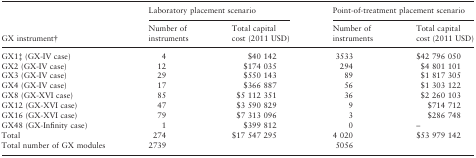
| <ROWSPAN=3> GX instrument† | <COLSPAN=2> Laboratory placement scenario | <COLSPAN=2> Point-of-treatment placement scenario |
 | Number of instruments | Total capital cost (2011 USD) | Number of instruments | Total capital cost (2011 USD) |
 | --- | --- | --- | --- | --- |
 | GX1‡ (GX-IV case) | 4 | $40 142 | 3533 | $42 796 050 |
 | GX2 (GX-IV case) | 12 | $174 035 | 294 | $4 801 101 |
 | GX3 (GX-IV case) | 29 | $550 143 | 89 | $1 817 305 |
 | GX4 (GX-IV case) | 17 | $366 887 | 56 | $1 303 122 |
 | GX8 (GX-XVI case) | 85 | $5 112 351 | 36 | $2 260 103 |
 | GX12 (GX-XVI case) | 47 | $3 590 829 | 9 | $714 712 |
 | GX16 (GX-XVI case) | 79 | $7 313 096 | 3 | $286 748 |
 | GX48 (GX-Infinity case) | 1 | $399 812 | 0 | – |
 | Total | 274 | $17 547 295 | 4 020 | $53 979 142 |
 | Total number of GX modules | 2739 |  | 5056 |  |